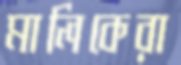
মালিকেরা